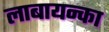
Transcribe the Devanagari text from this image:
लाबायन्का